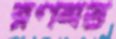
রণমত্ত